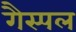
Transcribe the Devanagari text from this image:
गैस्पल